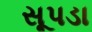
સૂપડા